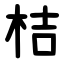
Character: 桔